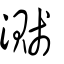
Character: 濺